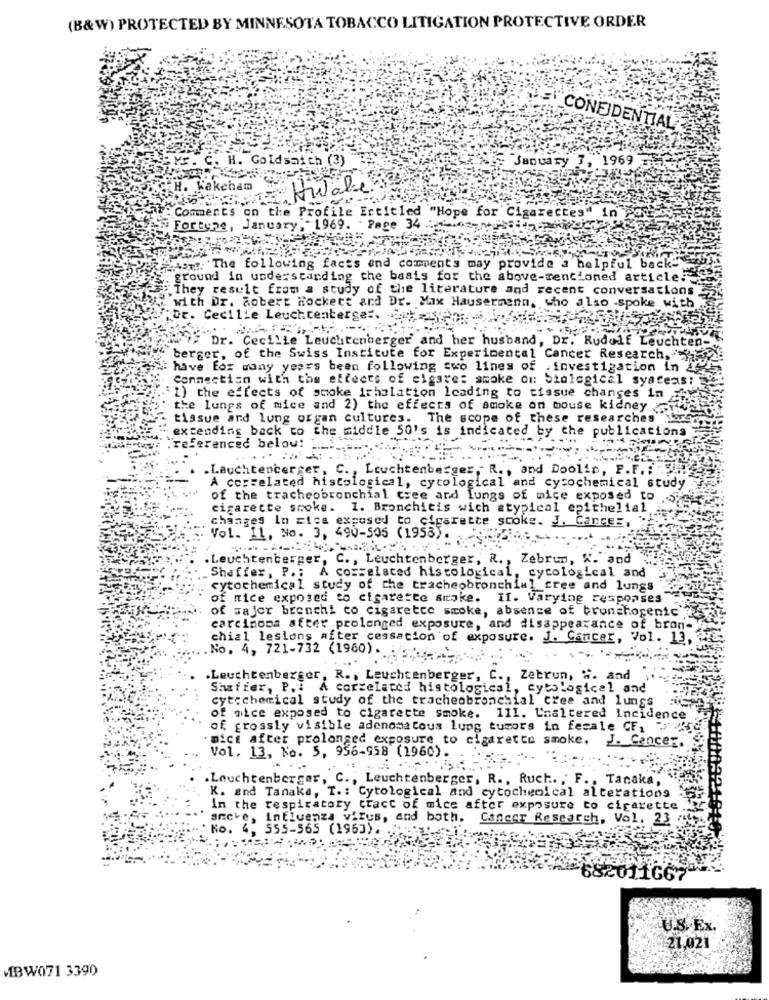
(B&W) PROTECTED BY MINNESOTA TOBACCO LITIGATION PROTECTIVE ORDER
CONFIDENTIAL
. H. Goldsaith (3)
January 7, 1969
Kakcham
Habe
Comments on the Profile Ertitled "Hope for Cigarecte
#Fortune, January ,- 1969. . Page 34
HASTE: 'The following facts and comments may provide a helpful back"
ground in understanding the basis for the above-sencioned article.
.They result from a study of the literature and recent conversations
with Dr. Robert hockett and Dr. Max Hausermann, who also -spoke with
Dr. Cecilie Leuchcenterge :. ..= Sen
Dr. Cecilie Leuchtenberger and her husband, Dr. Rudolf Leuchte
berger, of the Swiss Institute for Experimental Cancer Research,""
have for many years been following two lines of investigation in
Connection with the effects of cigare: smoke on Siological syateas:
1) the effects of smoke irhalation leading to tissue changes in
the lungs of mice and 2) the effects of smoke on mouse kidney
tissue and lung organ cultures. The scope of these researches
extending back to the middle 50's is indicated by the publications
referenced below:
... ....
.Leuchtencerger, C. , Leuchtenberger," R ., and Doolin, P.F .. ..
A correlated histological, cytological and cytochemical study
of the tracheobronchial tree and lungs of mice exposed to -
cigarette smoke. I. Bronchitis wich atypical epithelial
changes In cice exposed to cigarette scoks. J. Cancer,
Vol. 11, No. 3, 490-505 (1958).
. Leuchtenberger, C ., Leuchtenberger, R ., Zebrun, W. and
Shaffer, P .: A cosselated histological, cytological and
cytochemical study of the tracheobronchial cree and lungs
of nice exposed to cigarette smoke. II. Varying responses
of major brenchi co cigarette smoke, absence of brunchogenic
carcinoma sfeer prolenged exposure, and disappearance of bron-
chial lesions after cessation of exposure. J. Cancer, Vol. 13,
No. 4, 721-732 (1960) .
. ...
.Leuchtenberger, R ., Leuchtenberger, C ., Zebrun, W. and
Siaffer, P. : A correlated histological, cytological and
cytochemical study of the tracheobronchial cree and lungs
of mice exposed to cigarette smoke. 111. Unaltered incidence
of grossly visible adenomatous lung tumors in fecale CF, 5'Pre
Dice after prolonged exposure to cigarette smoke. J. Cancer.
Vol. 13, No. 5, 956-958 (1960).
Leuchtenberger, C. , Leuchtenberger, R ., Ruch. , F ., Tanaka,
K. and Tanaka, T .: Cytological and cytochemical alterations
In the respiratory tract of mice after exposure to cigarette
anche, influenza virus, and both. Cancer Research, Vol. 23
Ko. 4, 555-565 (196]).
682011667
U.S.Ex.
21,021
MIBW071 3390